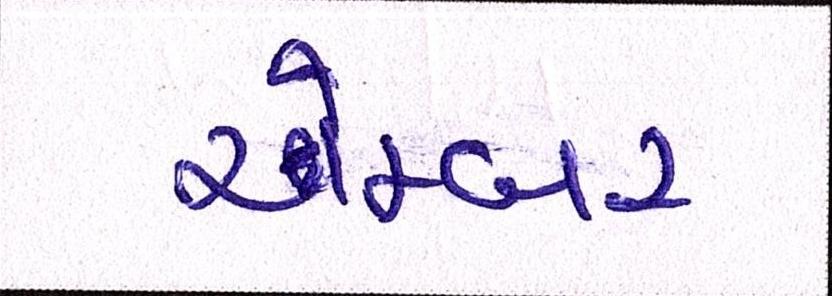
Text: ચેમ્બર